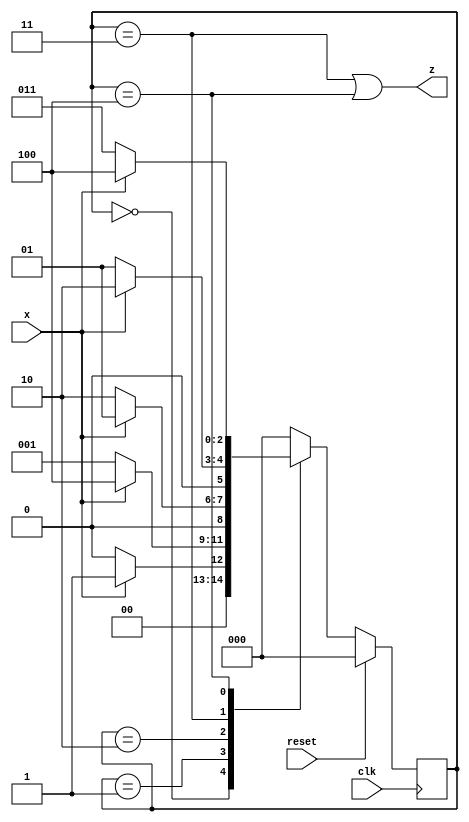
module top_module (
    input clk,
    input reset,   // Synchronous reset
    input x,
    output z
);
    parameter A = 3'b000,
  			  B = 3'b001,
  			  C = 3'b010,
  			  D = 3'b011,
  			  E = 3'b100;

    reg [2:0] state,next_state;

    always @(*) begin
        case(state)
            A: next_state = x ? B : A;
            B: next_state = x ? E : B;
            C: next_state = x ? B : C;
            D: next_state = x ? C : B;
            E: next_state = x ? E : D;
            default: next_state = A;
        endcase
    end

    always @(posedge clk)begin
        if (reset) state <= A;
        else state <= next_state;
    end

    assign z = (state==D | state==E);

endmodule